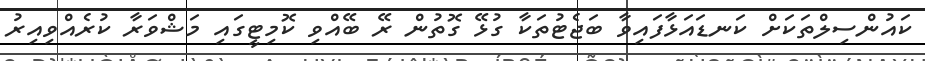
ކައުންސިލްތަކަށް ކަނޑައަޅާފައިވާ ބަޖެޓުތަކާ ގުޅޭ ގޮތުން ރޭ ބޭއްވި ކޮމިޓީގައި މަޝްވަރާ ކުރެއްވިއިރު